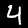
Digit: 4